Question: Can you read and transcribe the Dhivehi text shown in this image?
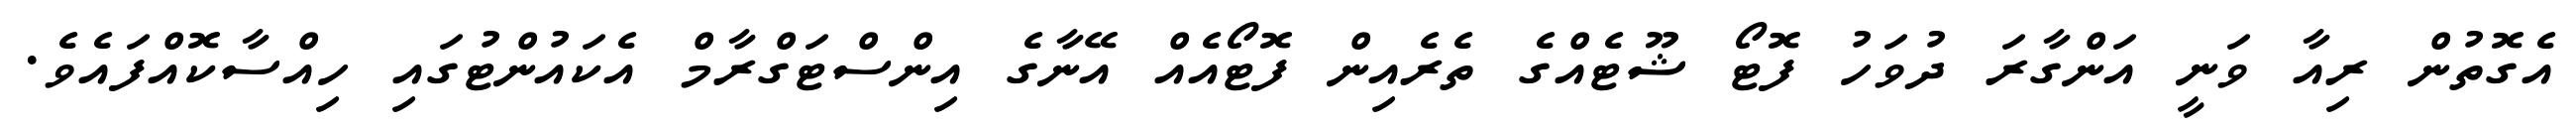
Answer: އެގޮތުން ރިއާ ވަނީ އަންގާރަ ދުވަހު ފޮޓޯ ޝޫޓެއްގެ ތެރެއިން ފޮޓޯއެއް އޭނާގެ އިންސްޓަގްރާމް އެކައުންޓުގައި ހިއްސާކޮއްފައެވެ.